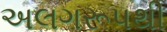
અલગરૂપથી